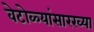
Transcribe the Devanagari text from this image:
वेटोळ्यांसारख्या